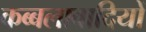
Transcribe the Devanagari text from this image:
कब्बलावादियों